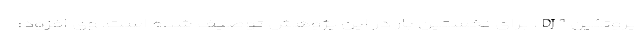
پروتئین DJ1، برای نخستین بار در این پژوهش توصیف شده است. وی افزود: